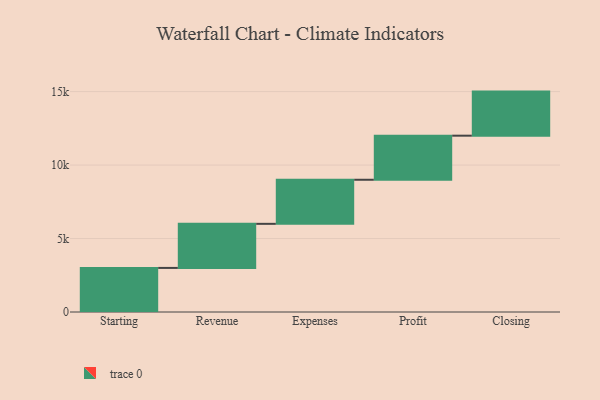
{"axis": {"x": "Step", "y": "Value"}, "legend": [""], "data": [{"x": "Starting", "y": 3000, "type": ""}, {"x": "Revenue", "y": 3000, "type": ""}, {"x": "Expenses", "y": 3000, "type": ""}, {"x": "Profit", "y": 3000, "type": ""}, {"x": "Closing", "y": 3000, "type": ""}]}